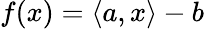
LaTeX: f(x)=\left\langle a,x\right\rangle-b